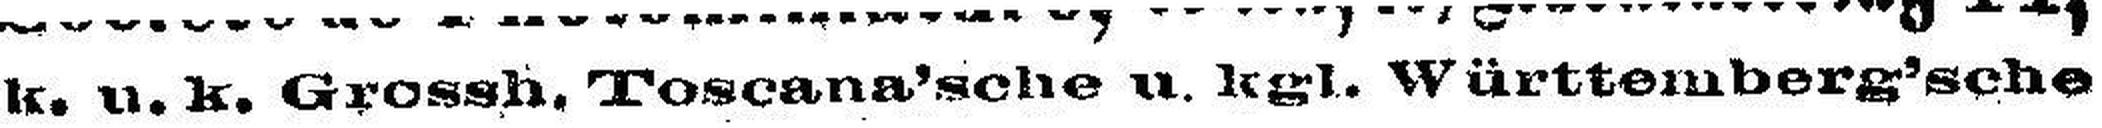
k. u. k. Grossh. Toscana'sche u. kgl. Württemberg'sche